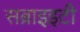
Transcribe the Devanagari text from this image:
सब्राइइटी